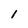
Character: 1